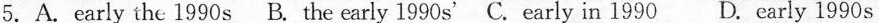
5.A.Early the 1990 sB. The early 1990 s'C.Early in 1990 D. Early 1990 s